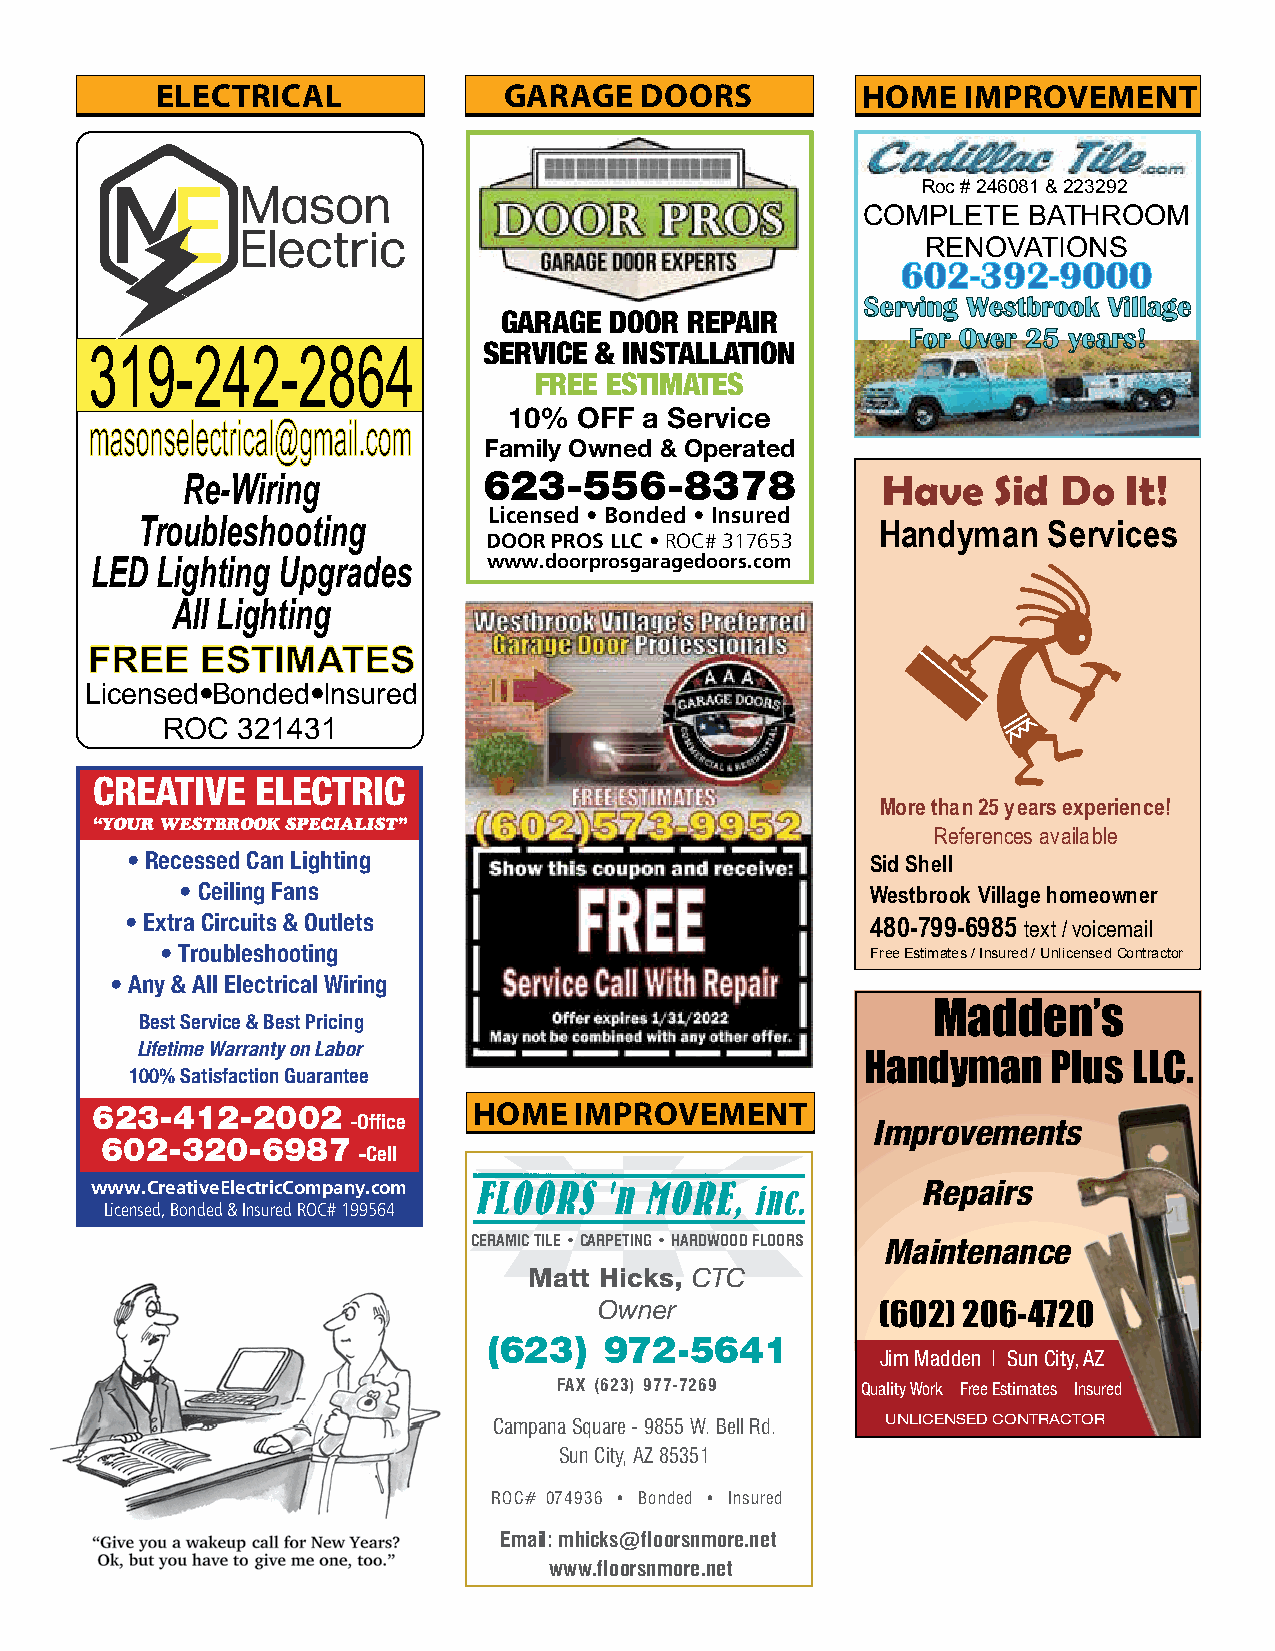
ELECTRICAL             GARAGE   DOORS          HOME   IMPROVEMENT
 Roc # 246081 & 223292
 COMPLETE   BATHROOM
 RENOVATIONS
 660022--339922--99000000
 SSeerrvviinngg WWeessttbbrrooookk VViillllaaggee
 GARAGE DOOR REPAIR
 FFoorr OOvveerr 2255 yyeeaarrss!!
 319-242-2864              SERVICE & INSTALLATION
 FREE ESTIMATES
 10% OFF  a Service
 mmaassoonnsseelleeccttrriiccaall@@ggmmaaiill..ccoomm
 Family Owned & Operated
 623-556-8378              Have    Sid Do  It!
 Re-Wiring
 Licensed • Bonded • Insured
 Troubleshooting                                  Handyman   Services
 DOOR PROS LLC • ROC# 317653
 www.doorprosgaragedoors.com
 LED Lighting Upgrades
 All Lighting
 FFRREEEE EESSTTIIMMAATTEESS
 Licensed= Bonded= Insured
 ROC  321431
 CREATIVE   ELECTRIC
 More than 25 years experience!
 “YOUR WESTBROOK SPECIALIST”
 References available
 • Recessed Can Lighting                           Sid Shell
 • Ceiling Fans                                Westbrook Village homeowner
 • Extra Circuits & Outlets                        480-799-6985 text / voicemail
 • Troubleshooting                              Free Estimates / Insured / Unlicensed Contractor
 • Any & All Electrical Wiring
 Madden’s
 Best Service & Best Pricing
 Lifetime Warranty on Labor
 Handyman     Plus LLC.
 100% Satisfaction Guarantee
 623-412-2002             HOME   IMPROVEMENT
 -Office                            Improvements
 602-320-6987
 -Cell
 www.CreativeElectricCompany.com                        Repairs
 Licensed, Bonded & Insured ROC# 199564
 CCEERRAAMMIICC TTIILLEE •• CCAARRPPEETTIINNGG •• HHAARRDDWWOOOODD FFLLOOOORRSS
 Maintenance
 MMaatttt HHiicckkss,,
 CCTTCC
 OOwwnneerr        (602) 206-4720
 ((662233)) 997722--55664411
 Jim Madden | Sun City, AZ
 FFAAXX ((662233)) 997777--77226699
 Quality Work Free Estimates Insured
 CCaammppaannaa SSqquuaarree -- 99885555 WW.. BBeellll RRdd.. UNLICENSED CONTRACTOR
 SSuunn CCiittyy,, AAZZ 8855335511
 RROOCC## 007744993366 •• BBoonnddeedd •• IInnssuurreedd
 EEmmaaiill:: mmhhiicckkss@@fflloooorrssnnmmoorree..nneett
 wwwwww..fflloooorrssnnmmoorree..nneett